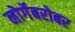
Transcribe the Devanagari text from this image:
नोर्गेबरोबर